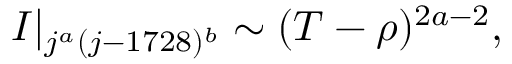
{ \cal I } | _ { j ^ { a } ( j - 1 7 2 8 ) ^ { b } } \sim ( T - \rho ) ^ { 2 a - 2 } ,